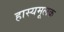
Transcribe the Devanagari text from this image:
हास्यमूलक